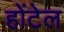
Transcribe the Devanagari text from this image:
होंटेल